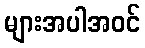
များအပါအဝင်